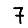
Digit: 7